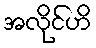
အလိုင်ဟိ